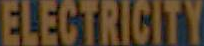
ELECTRICITY